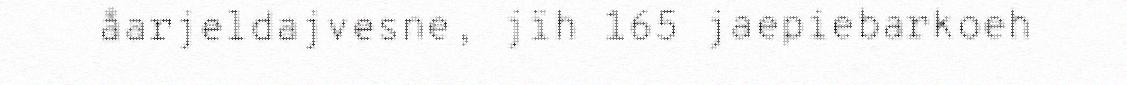
åarjeldajvesne, jïh 165 jaepiebarkoeh